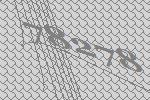
78278